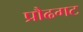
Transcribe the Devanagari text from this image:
प्रौढगट